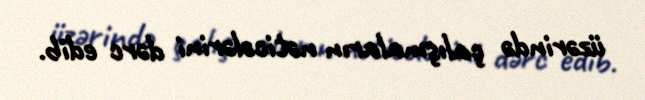
üzərində çalışmaların nəticələrini dərc edib.